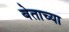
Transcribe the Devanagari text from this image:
बेताच्या